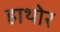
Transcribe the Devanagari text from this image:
हाथोर